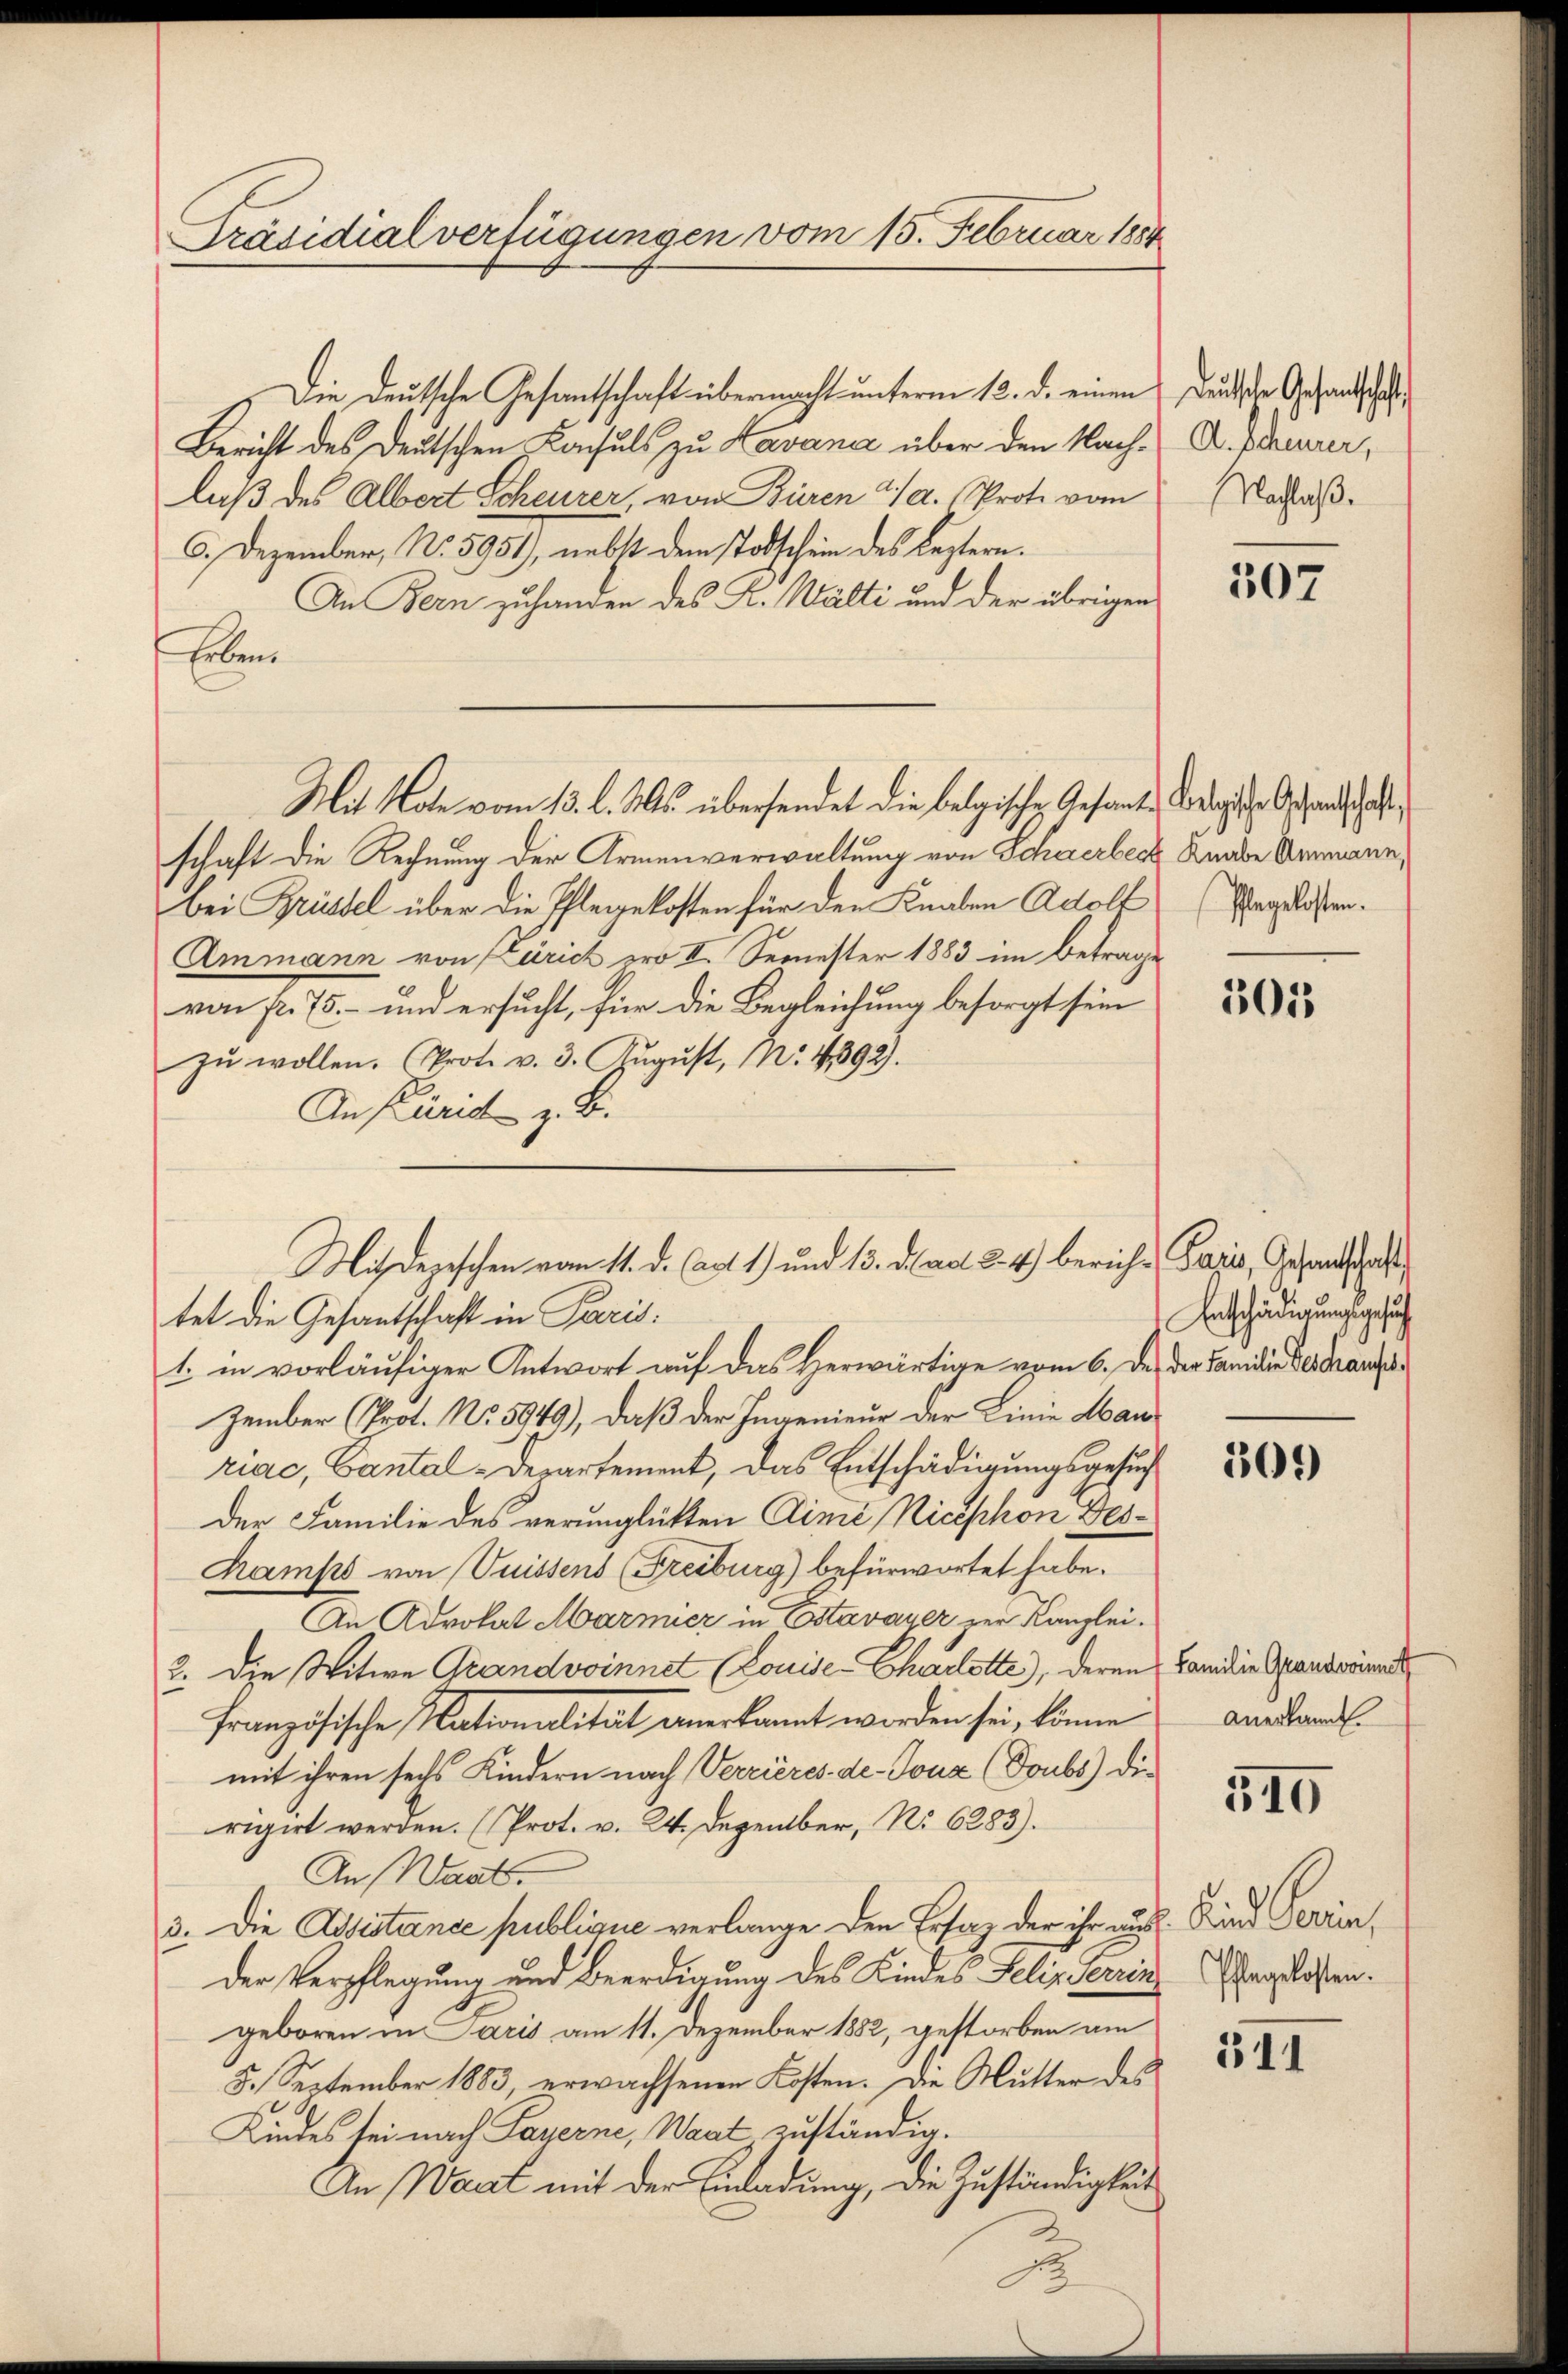
Präsidialverfügungen vom 15. Februar 1884

Die Deutsche Gesantschaft übermacht unterm 12. d. einen Deutsche Gesandtschaft
Bericht des Deutschen Konsuls zu Kavana über den Nachlaß des Albert Scheurer, von Büren a/A. Prote vom
6. Dezember, No 5951), nebst dem Todschein des Leztern.
In Bern zuhanden des K. Walti und der übrigen
Erben
schaft die Rechnung der Armenverwaltung von Schwerbeck Knabe Armann,
bei Brüssel über die Pflegekosten für den Knaben Adolt (Wagelösten.
Ammann von Zürich pro II. Semester 1883 im Betrage
von fr. 75. – und ersucht, für die Begleichung besorgt sein
zŭ wollen. (Prot. v. 3. August, N: 4392).
Anpund z. B.
tet die Gesantschaft in Paris.
1. in vorläufiger Antwort auf das herwärtige vom 6. des der Familie der Transzember (Prot. No. 5949), daß der Ingenieur der Linie Hanriae, Cantal-Departement, das Entschädigungsgesuch
Der Familie des verunglükten Dimi Nicephon Ges¬
Ramps von Vuissens (Freiburg) befürwortet habe.
An Advokat Marmier in Estavayer zur Kanzlei.
2. Die Witwe Grandvoinnet (Louise- Charlotte), deren
Französische Nationalität anerkannt worden sei, könne
mit ihren sechs Kindern nach Verrieres de-Joux (Doubs) die
rigirt werden. (Prot. v. 24. Dezember, No 6283).
An Warts.
3. Die Assistance publique verlange den Ersaz der ihr aus
der Verpflegung und Beerdigung des Kindes Felipserin
geboren in Paris am 11. Dezember 1882, gestorben am
5. September 1883, erwachsenen Kosten. Die Mutter des
Kindes sei nach Payerne, Waat zuständig.
An Wart mit der Einladung, die Zuständigkeit

Mit Note vom 13. l. Ms. übersendet die belgische Gesamte Kredigte Gesandtschaf

Misdepeschen vom 11. d. Art. 1) und 13. d. ad 2. 4) bericht Paris, Gesandtschaft

A. Scheurer,
Nachlaß.

507

501

Entschädigungsgesuch

309

Familie Grandvoinnetz
Anerkannt.

540

. Kind Perin,
Pflegelosten.

5II